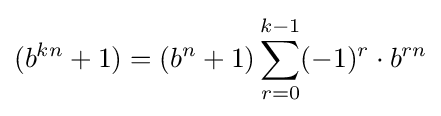
(b^{kn}+1)=(b^{n}+1)\sum _{r=0}^{k-1}(-1)^{r}\cdot b^{rn}